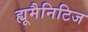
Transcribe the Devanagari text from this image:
ह्यूमैनिटिज